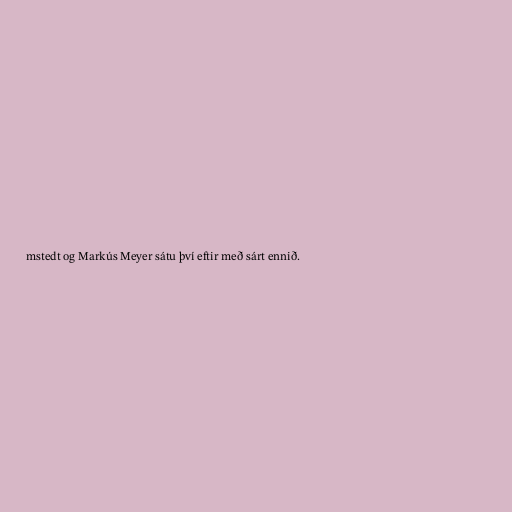
mstedt og Markús Meyer sátu því eftir með sárt ennið.